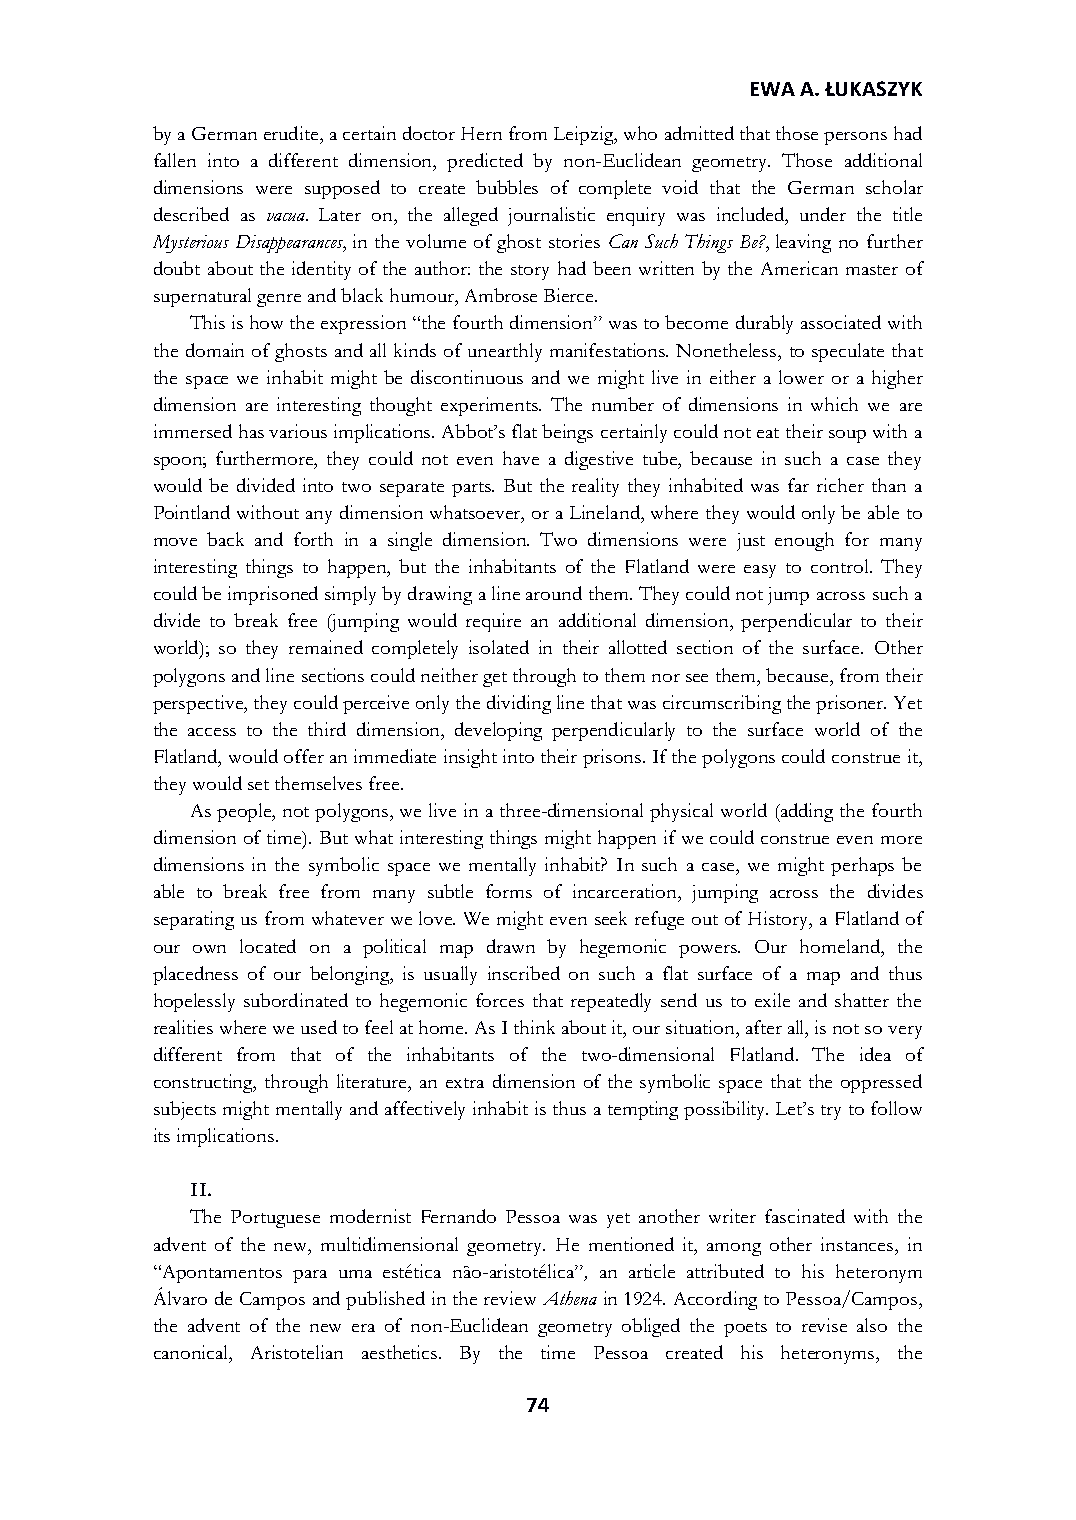
EWA A. ŁUKASZYK
 by a German erudite, a certain doctor Hern from Leipzig, who admitted that those persons had
 fallen into a different dimension, predicted by non-Euclidean geometry. Those additional
 dimensions were supposed to create bubbles of complete void that the German scholar
 described as vacua. Later on, the alleged journalistic enquiry was included, under the title
 Mysterious Disappearances, in the volume of ghost stories Can Such Things Be?, leaving no further
 doubt about the identity of the author: the story had been written by the American master of
 supernatural genre and black humour, Ambrose Bierce.
 This is how the expression “the fourth dimension” was to become durably associated with
 the domain of ghosts and all kinds of unearthly manifestations. Nonetheless, to speculate that
 the space we inhabit might be discontinuous and we might live in either a lower or a higher
 dimension are interesting thought experiments. The number of dimensions in which we are
 immersed has various implications. Abbot’s flat beings certainly could not eat their soup with a
 spoon; furthermore, they could not even have a digestive tube, because in such a case they
 would be divided into two separate parts. But the reality they inhabited was far richer than a
 Pointland without any dimension whatsoever, or a Lineland, where they would only be able to
 move back and forth in a single dimension. Two dimensions were just enough for many
 interesting things to happen, but the inhabitants of the Flatland were easy to control. They
 could be imprisoned simply by drawing a line around them. They could not jump across such a
 divide to break free (jumping would require an additional dimension, perpendicular to their
 world); so they remained completely isolated in their allotted section of the surface. Other
 polygons and line sections could neither get through to them nor see them, because, from their
 perspective, they could perceive only the dividing line that was circumscribing the prisoner. Yet
 the access to the third dimension, developing perpendicularly to the surface world of the
 Flatland, would offer an immediate insight into their prisons. If the polygons could construe it,
 they would set themselves free.
 As people, not polygons, we live in a three-dimensional physical world (adding the fourth
 dimension of time). But what interesting things might happen if we could construe even more
 dimensions in the symbolic space we mentally inhabit? In such a case, we might perhaps be
 able to break free from many subtle forms of incarceration, jumping across the divides
 separating us from whatever we love. We might even seek refuge out of History, a Flatland of
 our own located on a political map drawn by hegemonic powers. Our homeland, the
 placedness of our belonging, is usually inscribed on such a flat surface of a map and thus
 hopelessly subordinated to hegemonic forces that repeatedly send us to exile and shatter the
 realities where we used to feel at home. As I think about it, our situation, after all, is not so very
 different from that of the inhabitants of the two-dimensional Flatland. The idea of
 constructing, through literature, an extra dimension of the symbolic space that the oppressed
 subjects might mentally and affectively inhabit is thus a tempting possibility. Let’s try to follow
 its implications.
 II.
 The Portuguese modernist Fernando Pessoa was yet another writer fascinated with the
 advent of the new, multidimensional geometry. He mentioned it, among other instances, in
 “Apontamentos para uma estética não-aristotélica”, an article attributed to his heteronym
 Álvaro de Campos and published in the review Athena in 1924. According to Pessoa/Campos,
 the advent of the new era of non-Euclidean geometry obliged the poets to revise also the
 canonical, Aristotelian aesthetics. By the time Pessoa created his heteronyms, the
 74